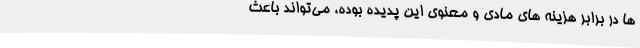
ها در برابر هزینه‌ های مادی و معنوی این پدیده بوده، می‌تواند باعث